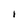
Character: I